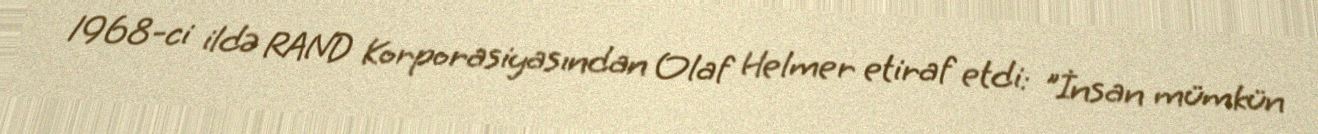
1968-ci ildə RAND Korporasiyasından Olaf Helmer etiraf etdi: "İnsan mümkün